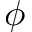
\phi